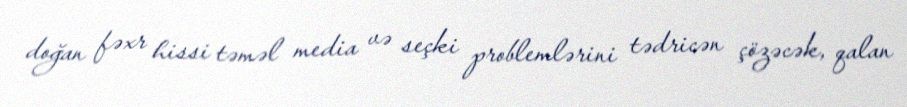
doğan fəxr hissi təməl media və seçki problemlərini tədricən çözəcək, qalan